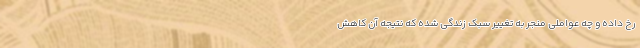
رخ داده و چه عواملی منجر به تغییر سبک زندگی شده که نتیجه آن کاهش